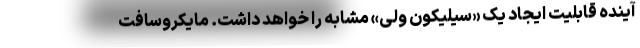
آینده قابلیت ایجاد یک «سیلیکون ولی» مشابه را خواهد داشت. مایکروسافت